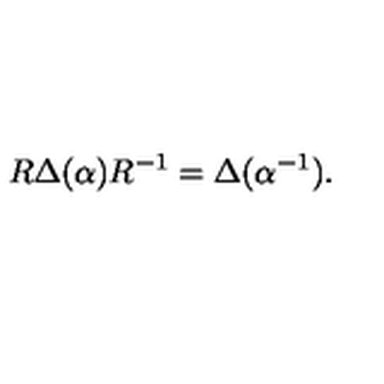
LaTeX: R \Delta ( \alpha ) R ^ { - 1 } = \Delta ( \alpha ^ { - 1 } ) .